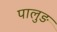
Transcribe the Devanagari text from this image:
पालुङ